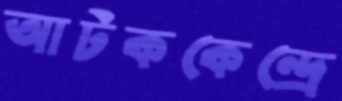
আটককেন্দ্রে